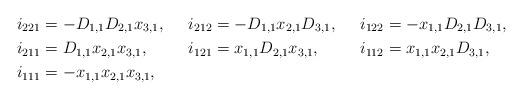
LaTeX: \begin{align*}i_{221}&=-D_{1,1}D_{2,1}x_{3,1}, & i_{212}&=-D_{1,1}x_{2,1}D_{3,1}, & i_{122}&=-x_{1,1}D_{2,1}D_{3,1},\\i_{211}&=D_{1,1}x_{2,1}x_{3,1}, & i_{121}&=x_{1,1}D_{2,1}x_{3,1}, & i_{112}&=x_{1,1}x_{2,1}D_{3,1},\\i_{111}&=-x_{1,1}x_{2,1}x_{3,1},\end{align*}